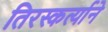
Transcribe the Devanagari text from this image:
तिरस्कर्त्याने